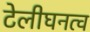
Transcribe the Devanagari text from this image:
टेलीघनत्व